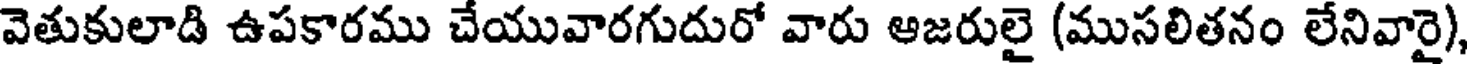
వెతుకులాడి ఉపకారము చేయువారగుదురో వారు ఆజరులై (ముసలితనం లేనివారై)